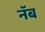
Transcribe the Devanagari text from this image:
नॅब